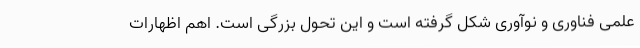
علمی فناوری و نوآوری شکل گرفته است و این تحول بزرگی است. اهم اظهارات